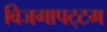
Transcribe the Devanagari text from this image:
विजगापट्‌टम